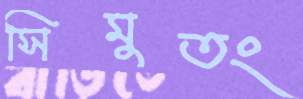
সিমুতং